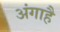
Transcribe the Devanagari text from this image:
अंगाहै